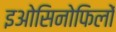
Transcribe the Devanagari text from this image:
इओसिनोफिलों